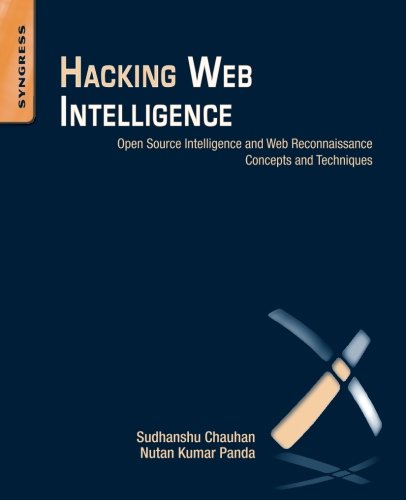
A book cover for Hacking Web Intelligence: Open Source Intelligence and Web Reconnaissance Concepts and Techniques; Sudhanshu Chauhan; Computers & Technology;